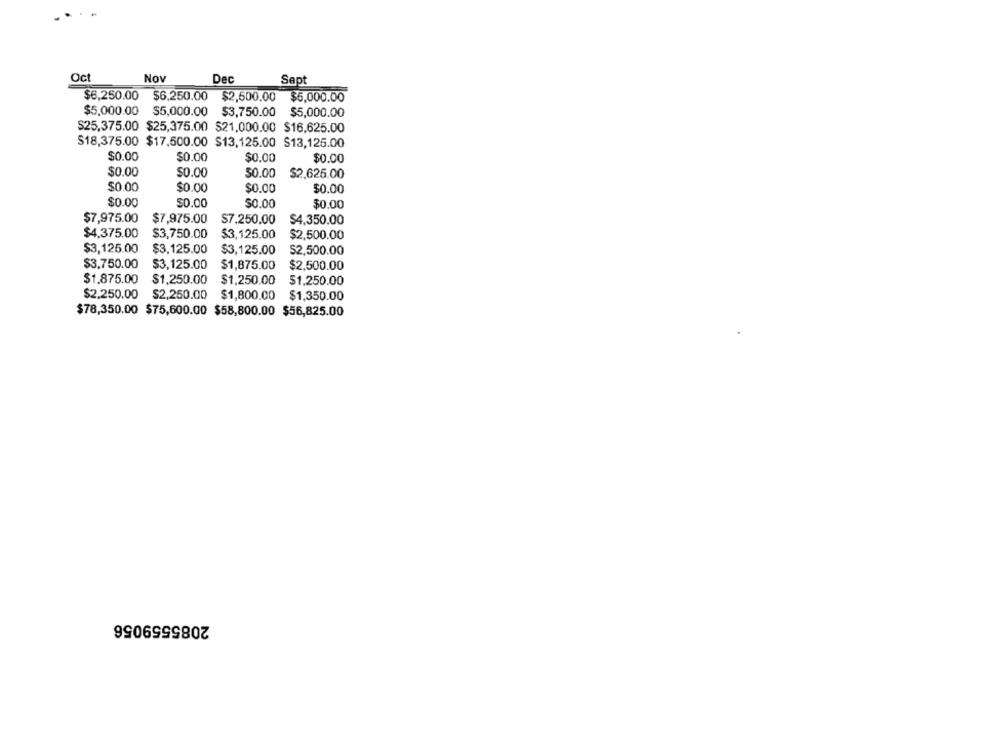
Oct
Nov
Dec
Sept
$6,250.00
$6,250.00 $2,500.00 $5,000.00
$5,000.00 $5,000.00 $3,750.00 $5,000.00
S25,375.00 $25,375.00 $21,000.00 $16,625.00
$18,375.00 $17,500.00 $13,125.00 $13,125.00
$0.00
$0.00
$0.00
$0.00
$0.00
$0.00
$0.00
$2,625.00
$0.00
$0.00
$0.00
$0.00
$0.00
$0.00
$0.00
$0.00
$7,975.00
$7,975.00
S7.250.00
$4,350.00
$4,375.00
$3,750.00
$3,125.00
$2,500.00
$3,125.00
$3,125.00
$3,125.00
$2,500.00
$3,750.00
$3,125.00
$1,875.00
$2,500.00
$1.875.00
$1,250.00
$1,250.00
51,250.00
$2,250.00
$2,250.00
$1,800.00
$1,350.00
$78,350.00 $75,600.00 $58,800.00 $56,825.00
2085559056